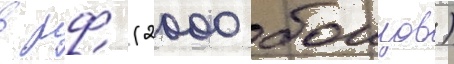
в рф (2000 боицов)